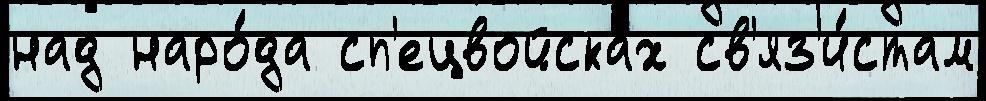
над наро́да сп'ецвойсках св'яз'и́стам